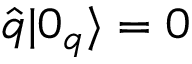
\hat { q } | 0 _ { q } \rangle = 0